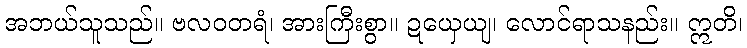
အဘယ်သူသည်။ ဗလဝတရံ၊ အားကြီးစွာ။ ဍယှေယျ၊ လောင်ရာသနည်း။ ဣတိ၊